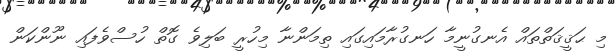
މި ޙަޤީޤަތްތައް އެނގުނީމާ ހަނގުރާމައިގައި ތިމަންނާ މިހުރީ ބަލިވެ ގޮތް ހުސްވެފައި ނޫންކަން